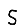
Digit: 5